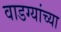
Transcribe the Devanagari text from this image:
वाडग्यांच्या